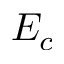
E _ { c }